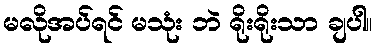
မလိုအပ်ရင် မသုံး ဘဲ ရိုးရိုးသာ ချပါ။